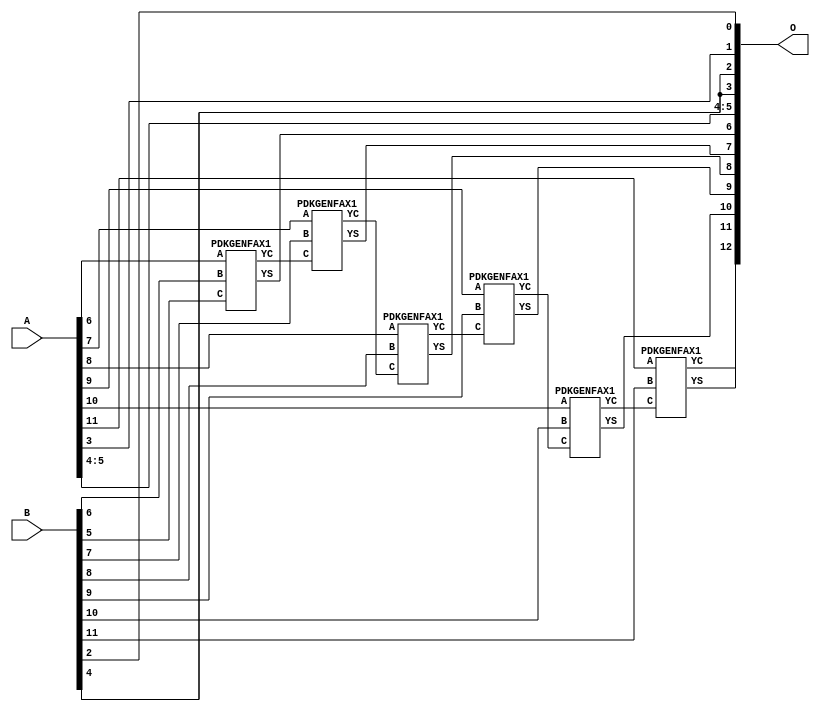
// This program was cloned from: https://github.com/ehw-fit/evoapproxlib
// License: MIT License

/***
* This code is a part of EvoApproxLib library (ehw.fit.vutbr.cz/approxlib) distributed under The MIT License.
* When used, please cite the following article(s): V. Mrazek, Z. Vasicek and R. Hrbacek, "Role of circuit representation in evolutionary design of energy-efficient approximate circuits" in IET Computers & Digital Techniques, vol. 12, no. 4, pp. 139-149, 7 2018. doi: 10.1049/iet-cdt.2017.0188 
* This file contains a circuit from a sub-set of pareto optimal circuits with respect to the pwr and wce parameters
***/
// MAE% = 0.20 %
// MAE = 16 
// WCE% = 0.39 %
// WCE = 32 
// WCRE% = 100.00 %
// EP% = 99.90 %
// MRE% = 0.54 %
// MSE = 294 
// PDK45_PWR = 0.026 mW
// PDK45_AREA = 53.5 um2
// PDK45_DELAY = 0.51 ns

module add12u_32E(A, B, O);
  input [11:0] A, B;
  output [12:0] O;
  wire n_415, n_414, n_36, n_42, n_259, n_37, n_314, n_315, n_23, n_22;
  wire n_21, n_20, n_27, n_26, n_25, n_24, n_248, n_29, n_28, n_348;
  wire n_249, n_381, n_380, n_280, n_281, n_349, n_39, n_38, n_258, n_8;
  wire n_9, n_4, n_5, n_6, n_7, n_0, n_1, n_2, n_3, n_30;
  wire n_31, n_32, n_33, n_34, n_35, n_18, n_19, n_16, n_17, n_14;
  wire n_15, n_12, n_13, n_10, n_11, n_45, n_44, n_43, n_47, n_46;
  wire n_41, n_40;
  assign n_0 = A[0];
  assign n_1 = A[0];
  assign n_2 = A[1];
  assign n_3 = A[1];
  assign n_4 = A[2];
  assign n_5 = A[2];
  assign n_6 = A[3];
  assign n_7 = A[3];
  assign n_8 = A[4];
  assign n_9 = A[4];
  assign n_10 = A[5];
  assign n_11 = A[5];
  assign n_12 = A[6];
  assign n_13 = A[6];
  assign n_14 = A[7];
  assign n_15 = A[7];
  assign n_16 = A[8];
  assign n_17 = A[8];
  assign n_18 = A[9];
  assign n_19 = A[9];
  assign n_20 = A[10];
  assign n_21 = A[10];
  assign n_22 = A[11];
  assign n_23 = A[11];
  assign n_24 = B[0];
  assign n_25 = B[0];
  assign n_26 = B[1];
  assign n_27 = B[1];
  assign n_28 = B[2];
  assign n_29 = B[2];
  assign n_30 = B[3];
  assign n_31 = B[3];
  assign n_32 = B[4];
  assign n_33 = B[4];
  assign n_34 = B[5];
  assign n_35 = B[5];
  assign n_36 = B[6];
  assign n_37 = B[6];
  assign n_38 = B[7];
  assign n_39 = B[7];
  assign n_40 = B[8];
  assign n_41 = B[8];
  assign n_42 = B[9];
  assign n_43 = B[9];
  assign n_44 = B[10];
  assign n_45 = B[10];
  assign n_46 = B[11];
  assign n_47 = B[11];
  PDKGENFAX1 tmp59(.YS(n_248), .YC(n_249), .A(n_12), .B(n_36), .C(n_34));
  assign n_258 = n_249;
  assign n_259 = n_258;
  PDKGENFAX1 tmp62(.YS(n_280), .YC(n_281), .A(n_14), .B(n_38), .C(n_259));
  PDKGENFAX1 tmp63(.YS(n_314), .YC(n_315), .A(n_16), .B(n_40), .C(n_281));
  PDKGENFAX1 tmp64(.YS(n_348), .YC(n_349), .A(n_18), .B(n_42), .C(n_315));
  PDKGENFAX1 tmp65(.YS(n_380), .YC(n_381), .A(n_20), .B(n_44), .C(n_349));
  PDKGENFAX1 tmp66(.YS(n_414), .YC(n_415), .A(n_22), .B(n_46), .C(n_381));
  assign O[0] = n_28;
  assign O[1] = n_6;
  assign O[2] = n_32;
  assign O[3] = n_32;
  assign O[4] = n_8;
  assign O[5] = n_10;
  assign O[6] = n_248;
  assign O[7] = n_280;
  assign O[8] = n_314;
  assign O[9] = n_348;
  assign O[10] = n_380;
  assign O[11] = n_414;
  assign O[12] = n_415;
endmodule

/* mod */
module PDKGENFAX1( input A, input B, input C, output YS, output YC );
    assign YS = (A ^ B) ^ C;
    assign YC = (A & B) | (B & C) | (A & C);
endmodule